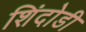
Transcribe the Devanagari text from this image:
शिंदोडी